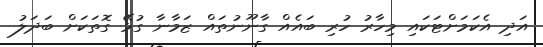
އަދި އެކަމަށްޓަކައި މިހާރު ހުރި ބައެއް ގާނޫނުތައް ޒަމާނާ ގުޅޭ ގޮތަކަށް ބަދަލު